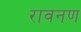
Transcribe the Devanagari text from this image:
रावनण